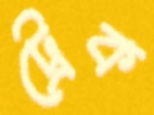
ট্রেক